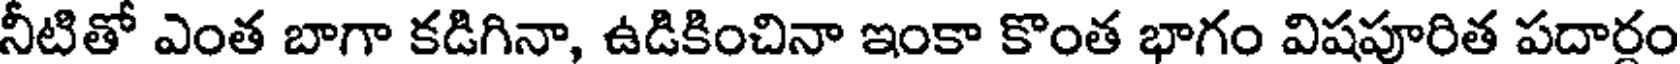
నీటితో ఎంత బాగా కడిగినా, ఉడికించినా ఇంకా కొంత భాగం విషపూరిత పదారం